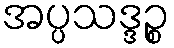
အပ္ပသဒ္ဒဉ္စ